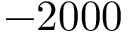
- 2 0 0 0